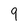
Character: 9